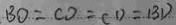
B O = C O = C D = B D